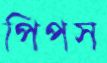
পিপস